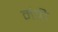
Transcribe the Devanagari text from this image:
मंत्री